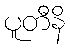
ပူတီနိ